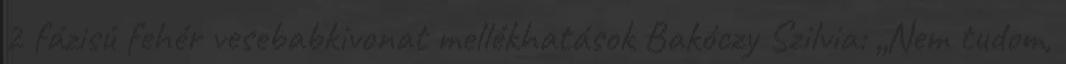
2 fázisú fehér vesebabkivonat mellékhatások Bakóczy Szilvia: „Nem tudom,